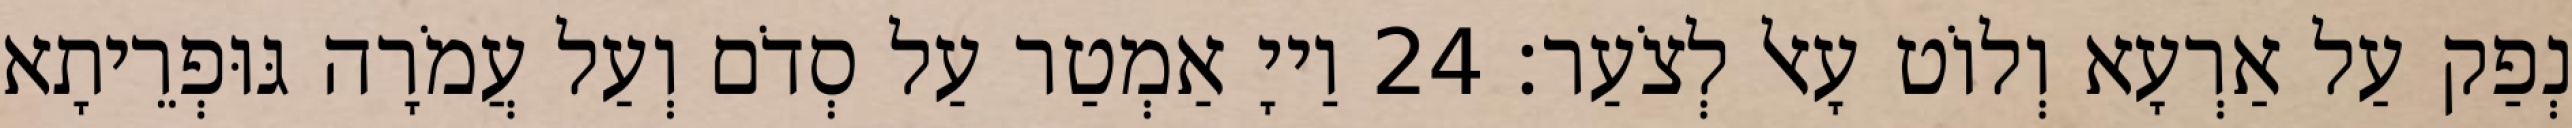
נְפַק עַל אַרְעָא וְלוֹט עָאל לְצֹעַר׃ 24 וַייָ אַמְטַר עַל סְדֹם וְעַל עֲמֹרָה גּוּפְרֵיתָא